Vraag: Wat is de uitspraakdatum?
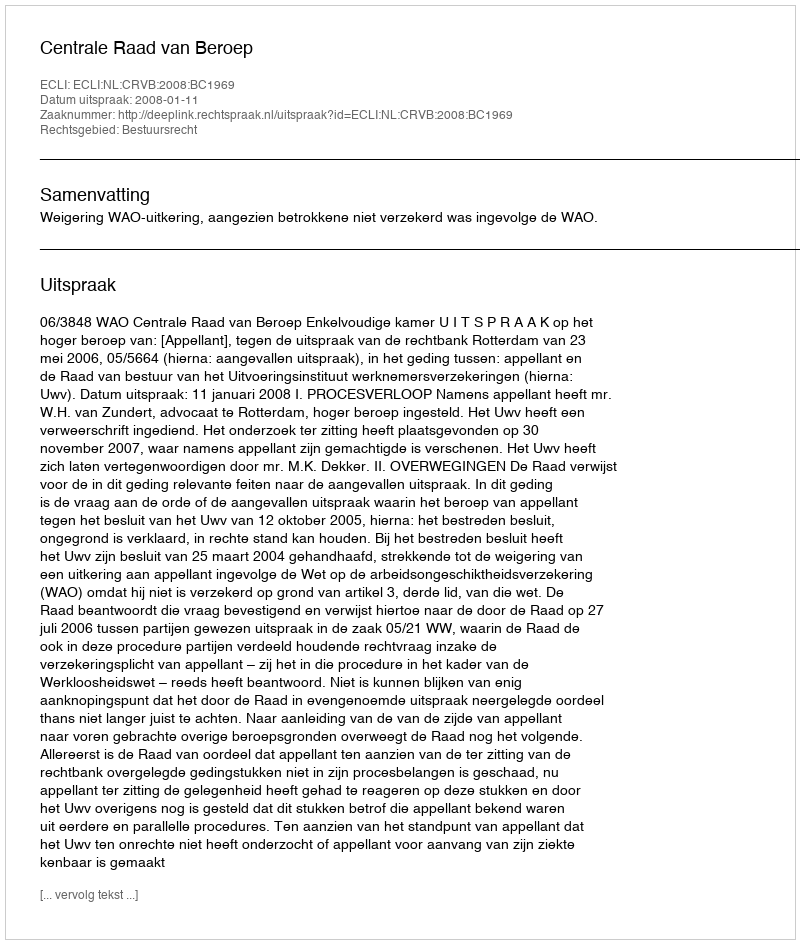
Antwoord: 2008-01-11